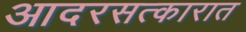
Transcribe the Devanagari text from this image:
आदरसत्कारात